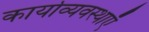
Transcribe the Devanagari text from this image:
कार्याव्यवस्थाएँ